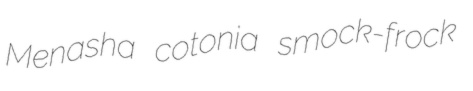
Menasha cotonia smock-frock